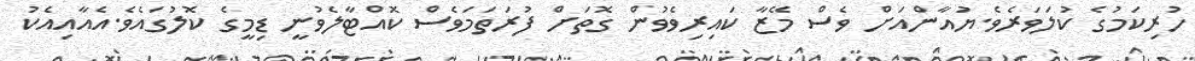
ހުރިކަމުގެ ކުލަވަރެވެ.ޔުއާންއަށް ވެސް މޭޒާ ކައިރިވެވުން ގޮތަށް ފުރަތަމަވެސް ކޮއްޓާލެވުނީ ޑިމީގެ ކޮލުގައެވެ.އެއާއިއެކު